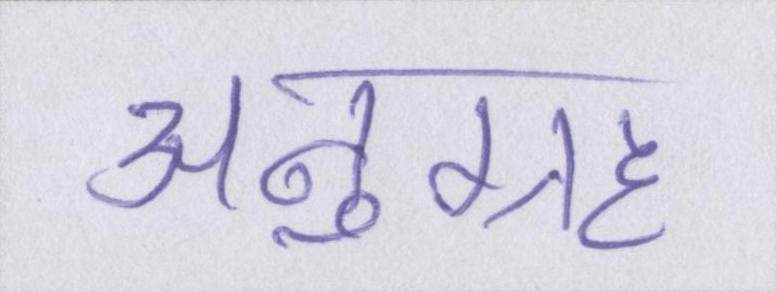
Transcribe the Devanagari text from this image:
अनुग्रह